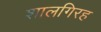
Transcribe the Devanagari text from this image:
शालगिरह